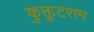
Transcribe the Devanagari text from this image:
कुक्तुटराम